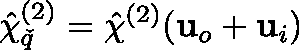
\hat { \mathbf { \chi } } _ { \v q } ^ { ( 2 ) } = \hat { \chi } ^ { ( 2 ) } ( \mathbf { u } _ { o } + \mathbf { u } _ { i } )